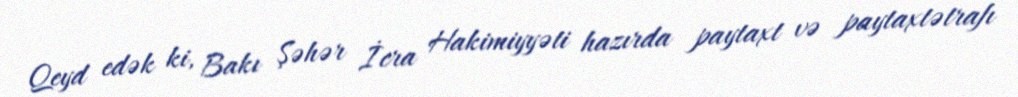
Qeyd edək ki, Bakı Şəhər İcra Hakimiyyəti hazırda paytaxt və paytaxtətrafı